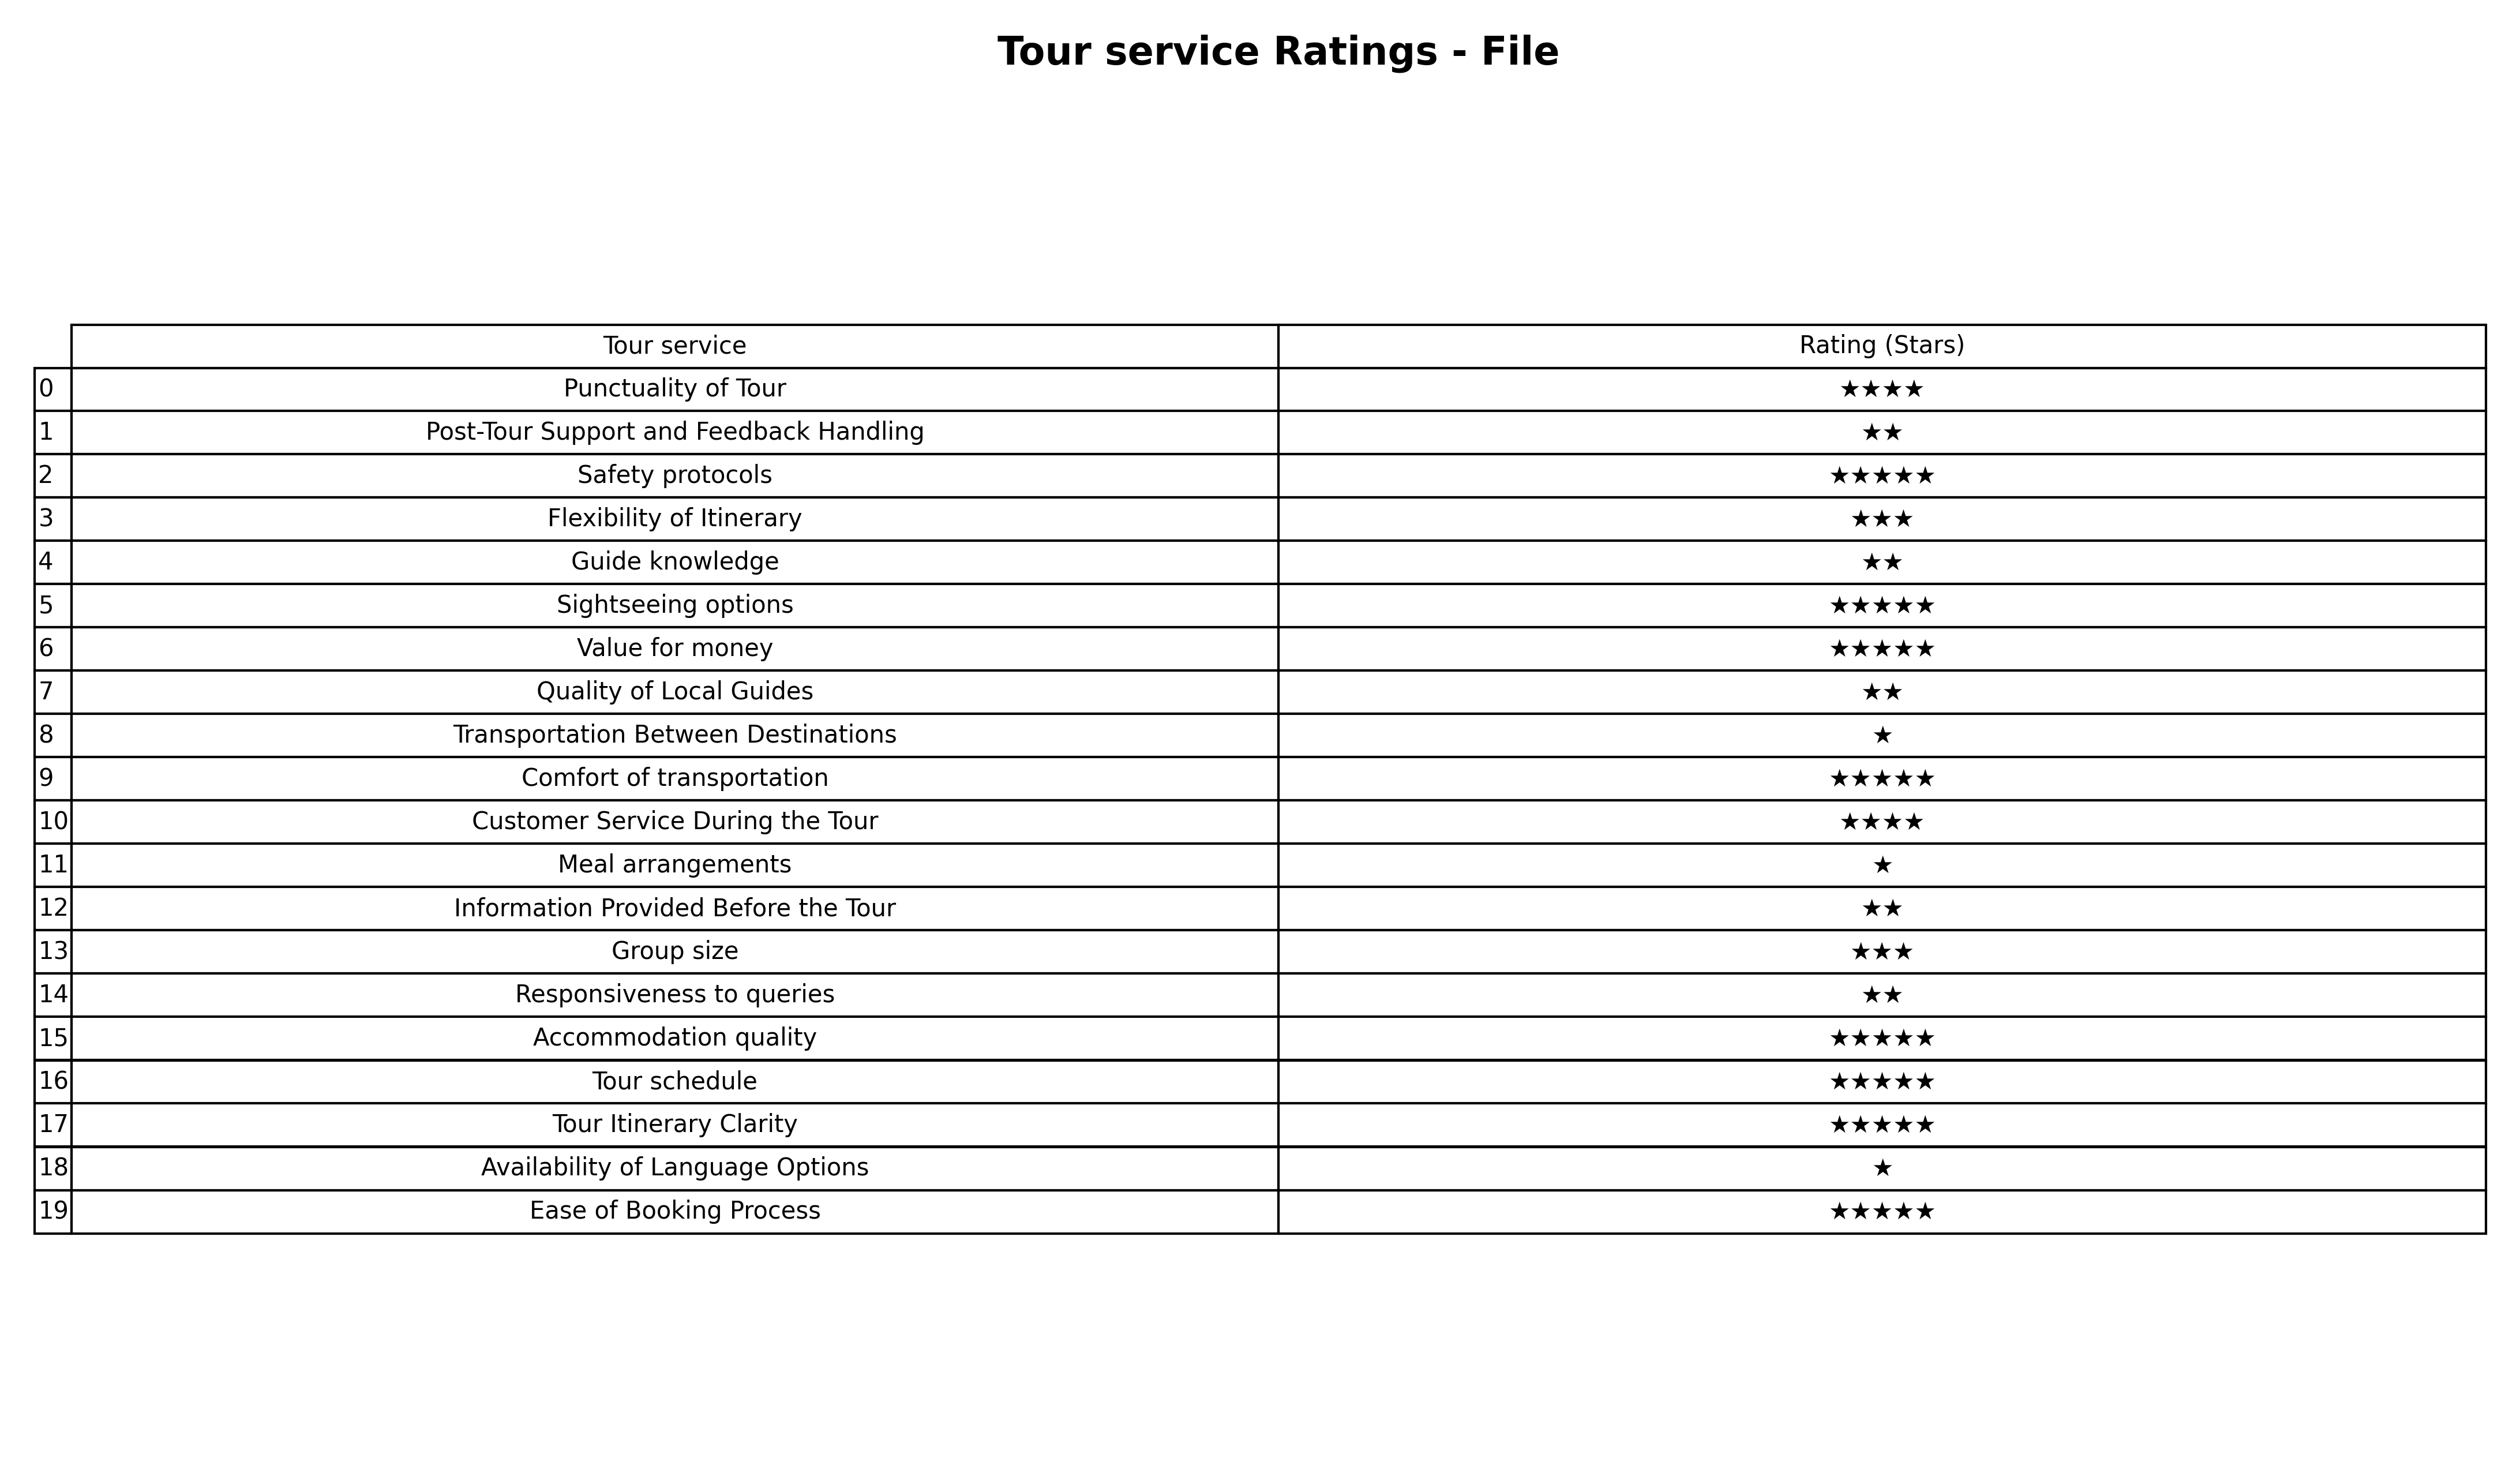
question: What are five star services?
answer: Safety protocolsSightseeing optionsValue for moneyComfort of transportationAccommodation qualityTour scheduleTour Itinerary ClarityEase of Booking Process